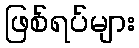
ဖြစ်ရပ်များ